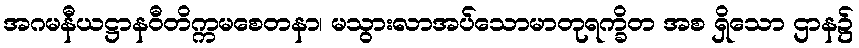
အဂမနီယဋ္ဌာနဝီတိက္ကမစေတနာ၊ မသွားလာအပ်သောမာတုရက္ခိတ အစ ရှိသော ဌာန၌